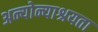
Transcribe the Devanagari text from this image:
अन्योन्याश्रयता